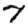
Digit: 7